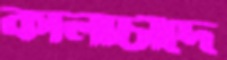
কালাচাঁদে